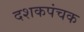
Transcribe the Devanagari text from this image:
दशकपंचक